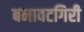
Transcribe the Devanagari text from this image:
बनावटगिरी